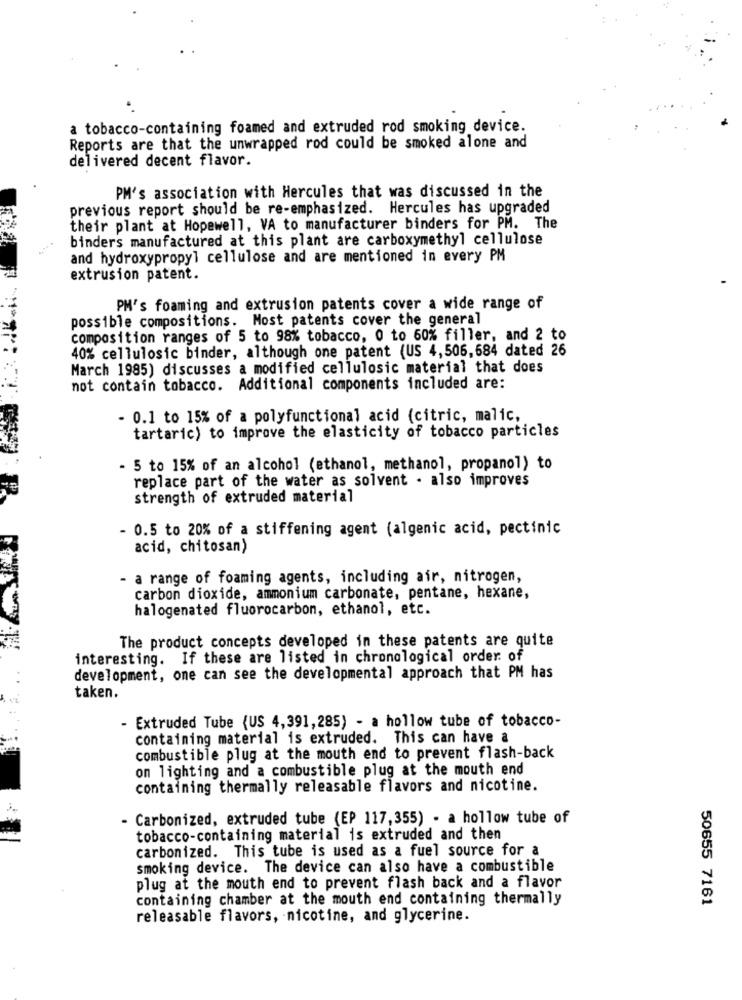
a tobacco-containing foamed and extruded rod smoking device.
Reports are that the unwrapped rod could be smoked alone and
delivered decent flavor.
PM's association with Hercules that was discussed in the
previous report should be re-emphasized. Hercules has upgraded
their plant at Hopewell, VA to manufacturer binders for PM. The
binders manufactured at this plant are carboxymethyl cellulose
and hydroxypropyl cellulose and are mentioned in every PM
extrusion patent.
PM's foaming and extrusion patents cover a wide range of
possible compositions. Most patents cover the general
composition ranges of 5 to 98% tobacco, 0 to 60% filler, and 2 to
40% cellulosic binder, although one patent (US 4,506,684 dated 26
March 1985) discusses a modified cellulosic material that does
not contain tobacco. Additional components included are:
- 0.1 to 15% of a polyfunctional acid (citric, malic,
tartaric) to improve the elasticity of tobacco particles
- 5 to 15% of an alcohol (ethanol, methanol, propanol) to
replace part of the water as solvent . also improves
strength of extruded material
- 0.5 to 20% of a stiffening agent (algenic acid, pectinic
acid, chitosan)
- a range of foaming agents, including air, nitrogen,
carbon dioxide, ammonium carbonate, pentane, hexane,
halogenated fluorocarbon, ethanol, etc.
The product concepts developed in these patents are quite
interesting. If these are listed in chronological order of
development, one can see the developmental approach that PM has
taken.
- Extruded Tube (US 4,391,285) - a hollow tube of tobacco-
containing material is extruded. This can have a
combustible plug at the mouth end to prevent flash-back
on lighting and a combustible plug at the mouth end
containing thermally releasable flavors and nicotine.
- Carbonized, extruded tube (EP 117,355) - a hollow tube of
tobacco-containing material is extruded and then
carbonized. This tube is used as a fuel source for a
smoking device. The device can also have a combustible
plug at the mouth end to prevent flash back and a flavor
containing chamber at the mouth end containing thermally
50655 7161
releasable flavors, nicotine, and glycerine.